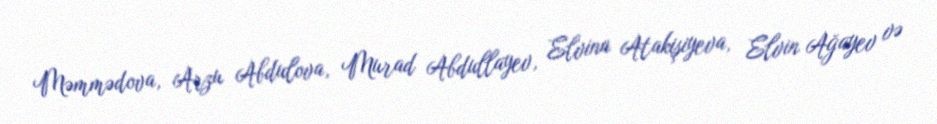
Məmmədova, Arzu Abdulova, Murad Abdullayev, Elvina Atakişiyeva, Elvin Ağayev və